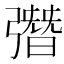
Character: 㣅